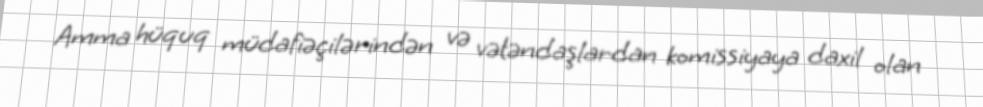
Amma hüquq müdafiəçilərindən və vətəndaşlardan komissiyaya daxil olan